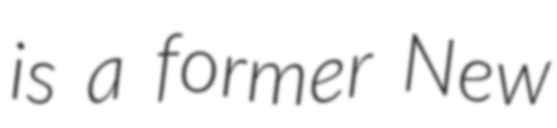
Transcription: is a former New